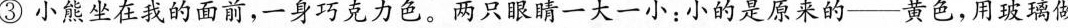
③小熊坐在我的面前，一身巧克力色。两只眼睛一大一小：小的是原来的--黄色，用玻璃做